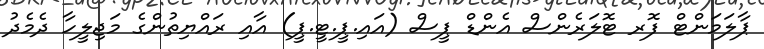
ޕާލަމަންޓް ފޮރ ޓޮލަރެންސް އެންޑް ޕީސް (އައި.ޕީ.ޓީ.ޕީ) އާއި ރައްޔިތުންގެ މަޖިލީހާ ދެމެދު